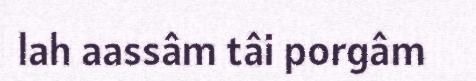
lah aassâm tâi porgâm